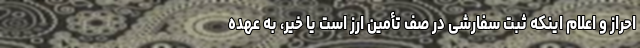
احراز و اعلام اینکه ثبت سفارشی در صف تأمین ارز است یا خیر، به عهده